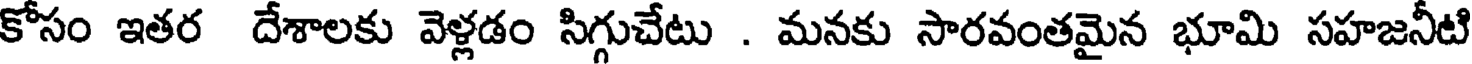
కోసం ఇతర దేశాలకు వెళ్లడం సిగ్గుచేటు . మనకు సారవంతమైన భూమి సహజనీటి